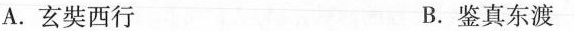
A.玄奘西行 B.鉴真东渡